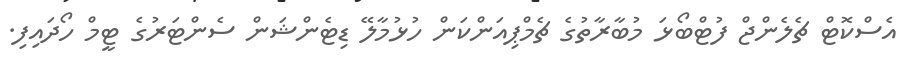
އެސްކޮޓް ޗެލެންޖް ފުޓްބޯޅަ މުބާރާތުގެ ޗެމްޕިއަންކަން ހުޅުމާލޭ ޑިޓެންޝަން ސެންޓަރުގެ ޓީމް ހޯދައިފި.